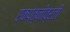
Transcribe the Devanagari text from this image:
एकपत्नीव्रती